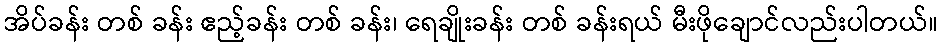
အိပ်ခန်း တစ် ခန်း ဧည့်ခန်း တစ် ခန်း၊ ရေချိုးခန်း တစ် ခန်းရယ် မီးဖိုချောင်လည်းပါတယ်။